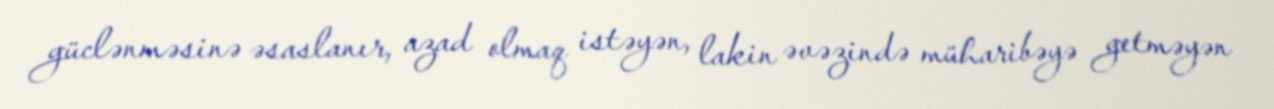
güclənməsinə əsaslanır, azad olmaq istəyən, lakin əvəzində müharibəyə getməyən